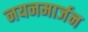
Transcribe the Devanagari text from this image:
नयनमार्जन